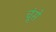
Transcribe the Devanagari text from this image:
चूंसे